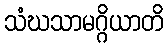
သံဃသာမဂ္ဂိယာတိ